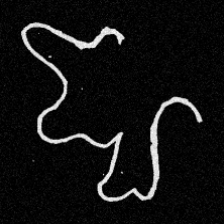
Pyu character \u2014 Myanmar letter: ဈ (romanized: jha)